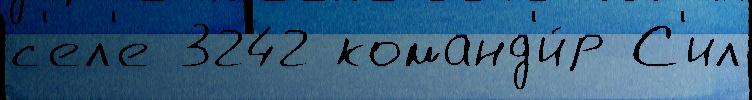
с'ел'е 3242 команд'и́р С'ил